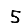
Digit: 5